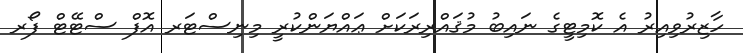
ހާޒިރުވިއިރު އެ ކޮމިޓީގެ ނައިބު މުޤައްރިރަކަށް ޢައްޔަންކުރީ މިނިސްޓަރ އޮފް ސްޓޭޓް ފޯރ